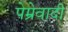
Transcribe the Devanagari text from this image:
पेम्रेवादी